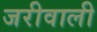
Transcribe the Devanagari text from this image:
जरीवाली